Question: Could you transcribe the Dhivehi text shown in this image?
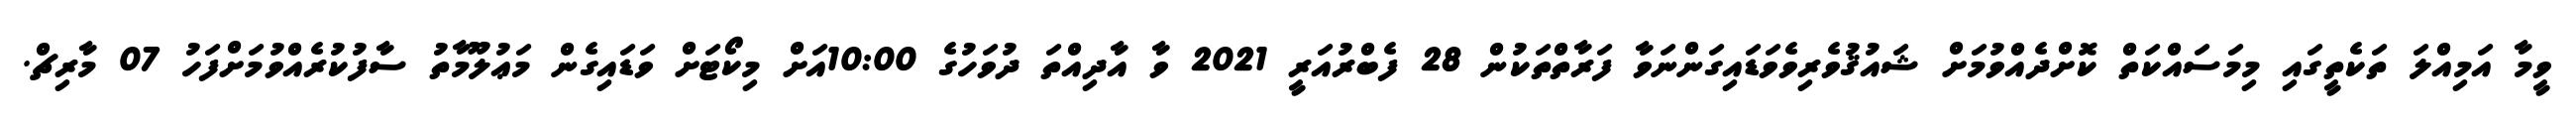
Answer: ވީމާ އަމިއްލަ ތަކެތީގައި މިމަސައްކަތް ކޮށްދެއްވުމަށް ޝައުޤުވެރިވެވަޑައިގަންނަވާ ފަރާތްތަކުން 28 ފެބްރުއަރީ 2021 ވާ އާދިއްތަ ދުވަހުގެ 10:00އަށް މިކޯޓަށް ވަޑައިގެން މަޢުލޫމާތު ސާފުކުރެއްވުމަށްފަހު 07 މާރިޗް.